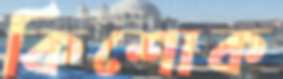
কিশোক